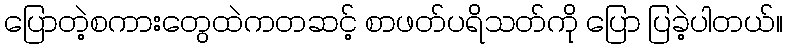
ပြောတဲ့စကားတွေထဲကတဆင့် စာဖတ်ပရိသတ်ကို ပြော ပြခဲ့ပါတယ်။